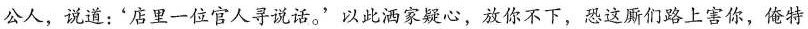
公人，说道：'店里一位官人寻说话。'以此洒家疑心，放你不下，恐这厮们路上害你，俺特